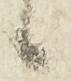
候